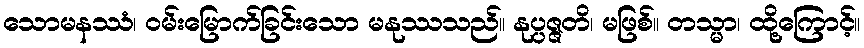
သောမနဿံ၊ ဝမ်းမြောက်ခြင်းသော မနုဿသည်။ နုပ္ပဇ္ဇတိ၊ မဖြစ်။ တသ္မာ၊ ထို့ကြောင့်။